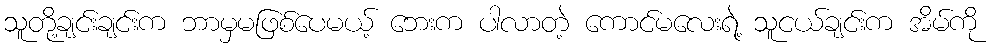
သူတို့ချင်းချင်းက ဘာမှမဖြစ်ပေမယ့် ဘေးက ပါလာတဲ့ ကောင်မလေးရဲ့ သူငယ်ချင်းက အိမ်ကို